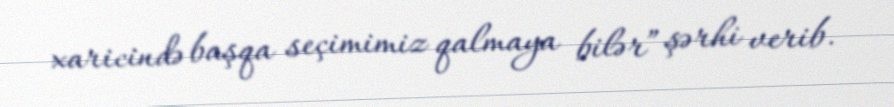
xaricində başqa seçimimiz qalmaya bilər” şərhi verib.